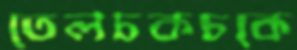
তেলচকচকে